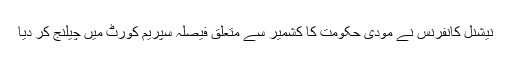
نیشنل کانفرنس نے مودی حکومت کا کشمیر سے متعلق فیصلہ سپریم کورٹ میں چیلنج کر دیا